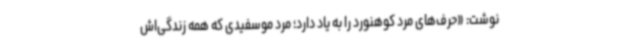
نوشت: «حرف‌های مرد کوهنورد را به یاد دارد؛ مرد موسفیدی که همه زندگی‌اش